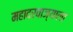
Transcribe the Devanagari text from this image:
महादरवाज्याला